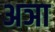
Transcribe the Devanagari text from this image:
अञा